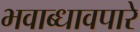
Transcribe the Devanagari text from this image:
भवाब्धावपारे